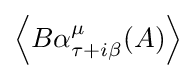
\left\langle B\alpha _{\tau +i\beta }^{\mu }(A)\right\rangle